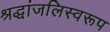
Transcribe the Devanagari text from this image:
श्रद्धांजलिस्वरूप